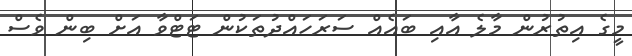
މީގެ އިތުރުން މާލެ އާއި ބައެއް ސަރަހައްދުތަކުން ޓަޓްވާ އަށް ބިން ވެސް